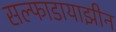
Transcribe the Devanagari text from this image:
सल्फाडायाझीन